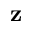
{ \bf z }